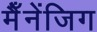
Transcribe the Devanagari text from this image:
मैँनेंजिग